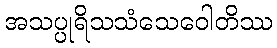
အသပ္ပုရိသသံသေဝေါတိဿ